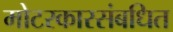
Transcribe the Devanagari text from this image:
मोटरकारसंबधित